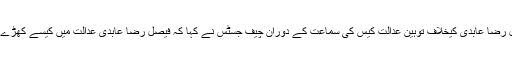
فیصل رضا عابدی کیخلاف توہین عدالت کیس کی سماعت کے دوران چیف جسٹس نے کہا کہ فیصل رضا عابدی عدالت میں کیسے کھڑے ہیں ۔